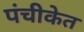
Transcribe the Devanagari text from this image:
पंचीकेत